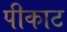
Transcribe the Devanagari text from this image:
पीकाट